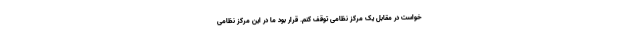
خواست در مقابل یک مرکز نظامی توقف کنم. قرار بود ما در این مرکز نظامی